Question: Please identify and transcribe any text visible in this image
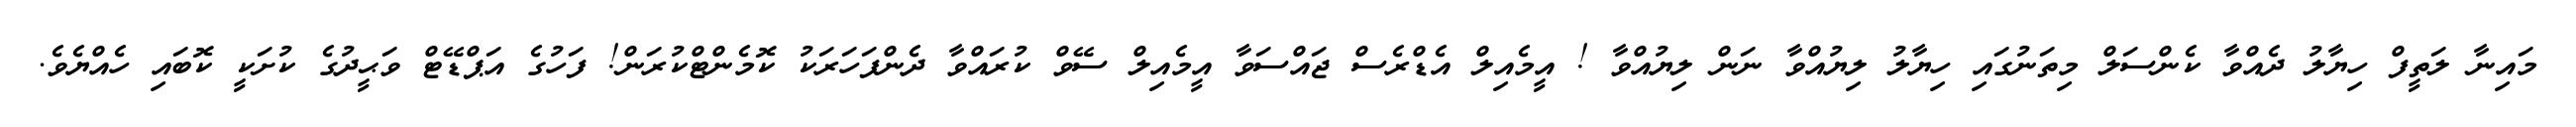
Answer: މައިނާ ލަތީފް ހިޔާލު ދެއްވާ ކެންސަލް މިތަނުގައި ހިޔާލު ލިޔުއްވާ ނަން ލިޔުއްވާ ! އީމެއިލް އެޑްރެސް ޖައްސަވާ އީމެއިލް ސޭވް ކުރައްވާ ދެންފަހަރަކު ކޮމެންޓްކުރަން! ފަހުގެ އަޕްޑޭޓް ވަޙީދުގެ ކުށަކީ ކޮބައި ހެއްޔެވެ.